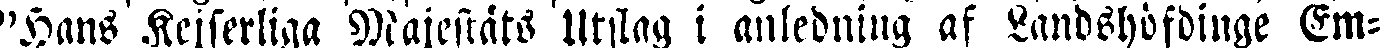
"Hans Kejserliga Majestäts Utslag i anledning af Landshöfdinge Em-